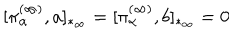
[ \pi _ { \alpha } ^ { ( \infty ) } , a ] _ { * _ { \infty } } = [ \pi _ { \alpha } ^ { ( \infty ) } , b ] _ { * _ { \infty } } = 0